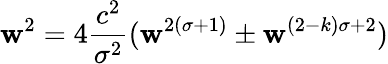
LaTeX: \mathbf{w}^{2}=4{\frac{{c^{2}}}{{\sigma^{2}}}}(\mathbf{w}^{2(\sigma+1)}\pm\mathbf{w}^{(2-k)\sigma+2})